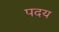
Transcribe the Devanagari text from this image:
पदय